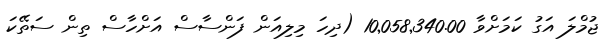
ޖުމްލަ އަގު ކަމަށްވާ 10